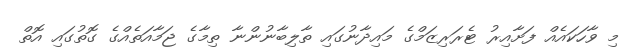
މި ވާހަކައެއް ފަށާއިރު ޓެރަރިޒަމްގެ މައިދާނުގައި ތާލިބާނުންނާ ތިމާގެ ޖަމާއަތެއްގެ ގޮތުގައި އޮތް